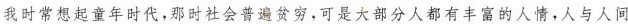
我时常想起童年时代，那时社会普遍贫穷，可是大部分人都有丰富的人情，人与人间